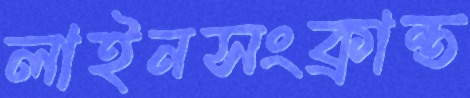
লাইনসংক্রান্ত